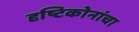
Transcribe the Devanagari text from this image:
दृष्टिकोनांचा